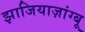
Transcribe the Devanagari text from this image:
झाजियाज़ांग्बू